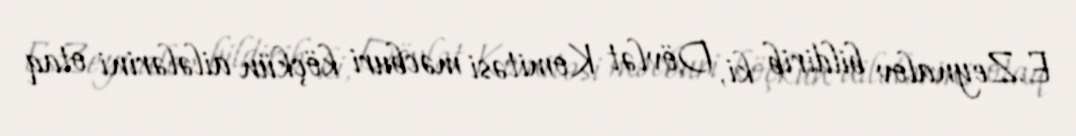
E.Zeynalov bildirib ki, Dövlət Komitəsi məcburi köçkün ailələrini otaq